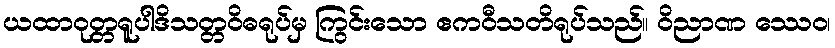
ယထာဝုတ္တရူပါဒိသတ္တဝိဓရုပ်မှ ကြွင်းသော ဧကဝီသတိရုပ်သည်။ ဝိညာဏ ဿေဝ၊